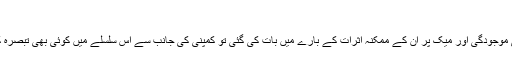
'
جب ایپل سے ان وائرسز کی موجودگی اور میک پر ان کے ممکنہ اثرات کے بارے میں بات کی گئی تو کمپنی کی جانب سے اس سلسلے میں کوئی بھی تبصرہ کرنے سے انکار کر دیا گیا۔